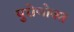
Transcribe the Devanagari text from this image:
पुरोणोक्त